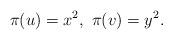
LaTeX: \begin{align*}\pi(u)=x^2, \ \pi(v)=y^2.\end{align*}